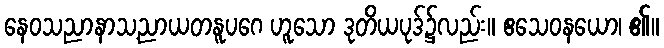
နေဝသညာနာသ့ညာယတနူပဂေ ဟူသော ဒုတိယပုဒ်၌လည်း။ ဧသေဝနယော၊ ၏။